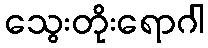
သွေးတိုးရောဂါ